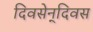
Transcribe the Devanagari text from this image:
दिवसेन्‌दिवस